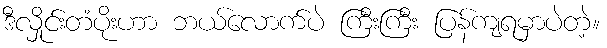
ဒီလှိုင်းတံပိုးဟာ ဘယ်လောက်ပဲ ကြီးကြီး ပြန်ကျရမှာပဲတဲ့။